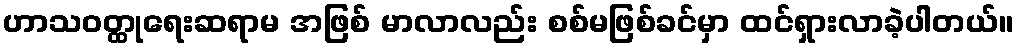
ဟာသဝတ္ထုရေးဆရာမ အဖြစ် မာလာလည်း စစ်မဖြစ်ခင်မှာ ထင်ရှားလာခဲ့ပါတယ်။